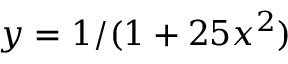
y = 1 / ( 1 + 2 5 x ^ { 2 } )